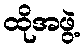
ထိုအဖွဲ့